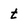
Character: t